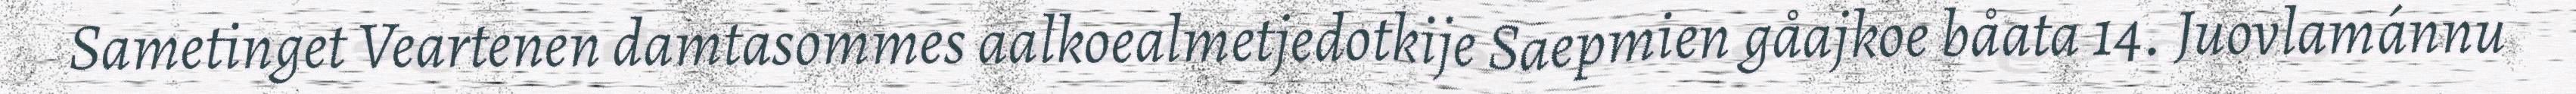
Sametinget Veartenen damtasommes aalkoealmetjedotkije Saepmien gåajkoe båata 14. Juovlamánnu